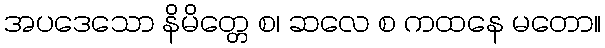
အပဒေသော နိမိတ္တေ စ၊ ဆလေ စ ကထနေ မတော။